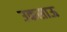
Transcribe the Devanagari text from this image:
उकसाऊ